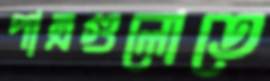
পাত্রগুলোতে